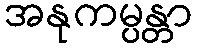
အနုကမ္ပန္တာ